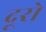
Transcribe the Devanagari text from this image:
दूरो